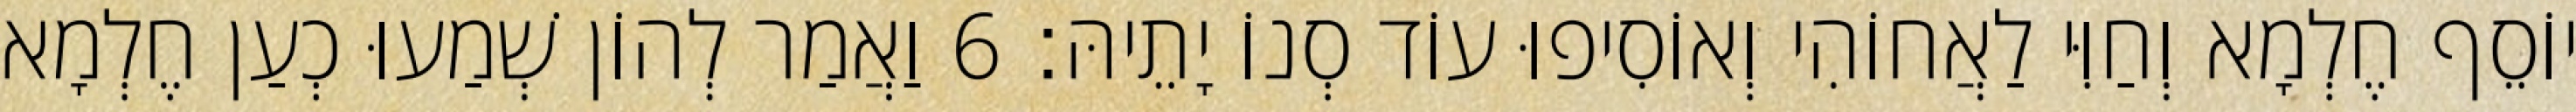
יוֹסֵף חֶלְמָא וְחַוִּי לַאֲחוֹהִי וְאוֹסִיפוּ עוֹד סְנוֹ יָתֵיהּ׃ 6 וַאֲמַר לְהוֹן שְׁמַעוּ כְעַן חֶלְמָא